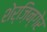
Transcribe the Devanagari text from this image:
शेर्ज़िन्गेर